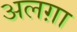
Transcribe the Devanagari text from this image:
अलग़ा